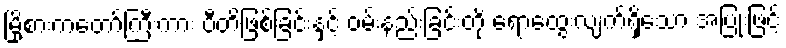
မြို့စားကတော်ကြီးကား ပီတိဖြစ်ခြင်းနှင့် ဝမ်းနည်းခြင်းတို့ ရောထွေးလျက်ရှိသော အပြုံးဖြင့်